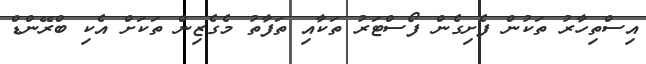
އިސްތިހާރު ތަކުން ފެށިގެން ފޯސްޓަރު ތަކާއި ތަފާތު މެގެޒިން ތަކަށް އެކި ބްރޭންޑް